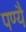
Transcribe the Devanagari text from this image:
पण्यै